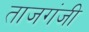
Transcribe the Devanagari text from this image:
ताजगंजी